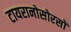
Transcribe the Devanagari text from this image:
टायरानोसोरसों